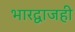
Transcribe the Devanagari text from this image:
भारद्वाजही